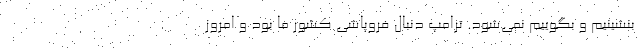
بنشینیم و بگوییم نمی‌شود. ترامپ دنبال فروپاشی کشور ما بود و امروز